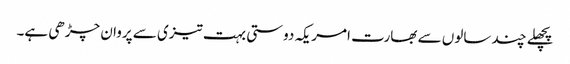
پچھلے چند سالوں سے بھارت امریکہ دوستی بہت تیزی سے پروان چڑھی ہے۔